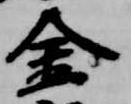
金